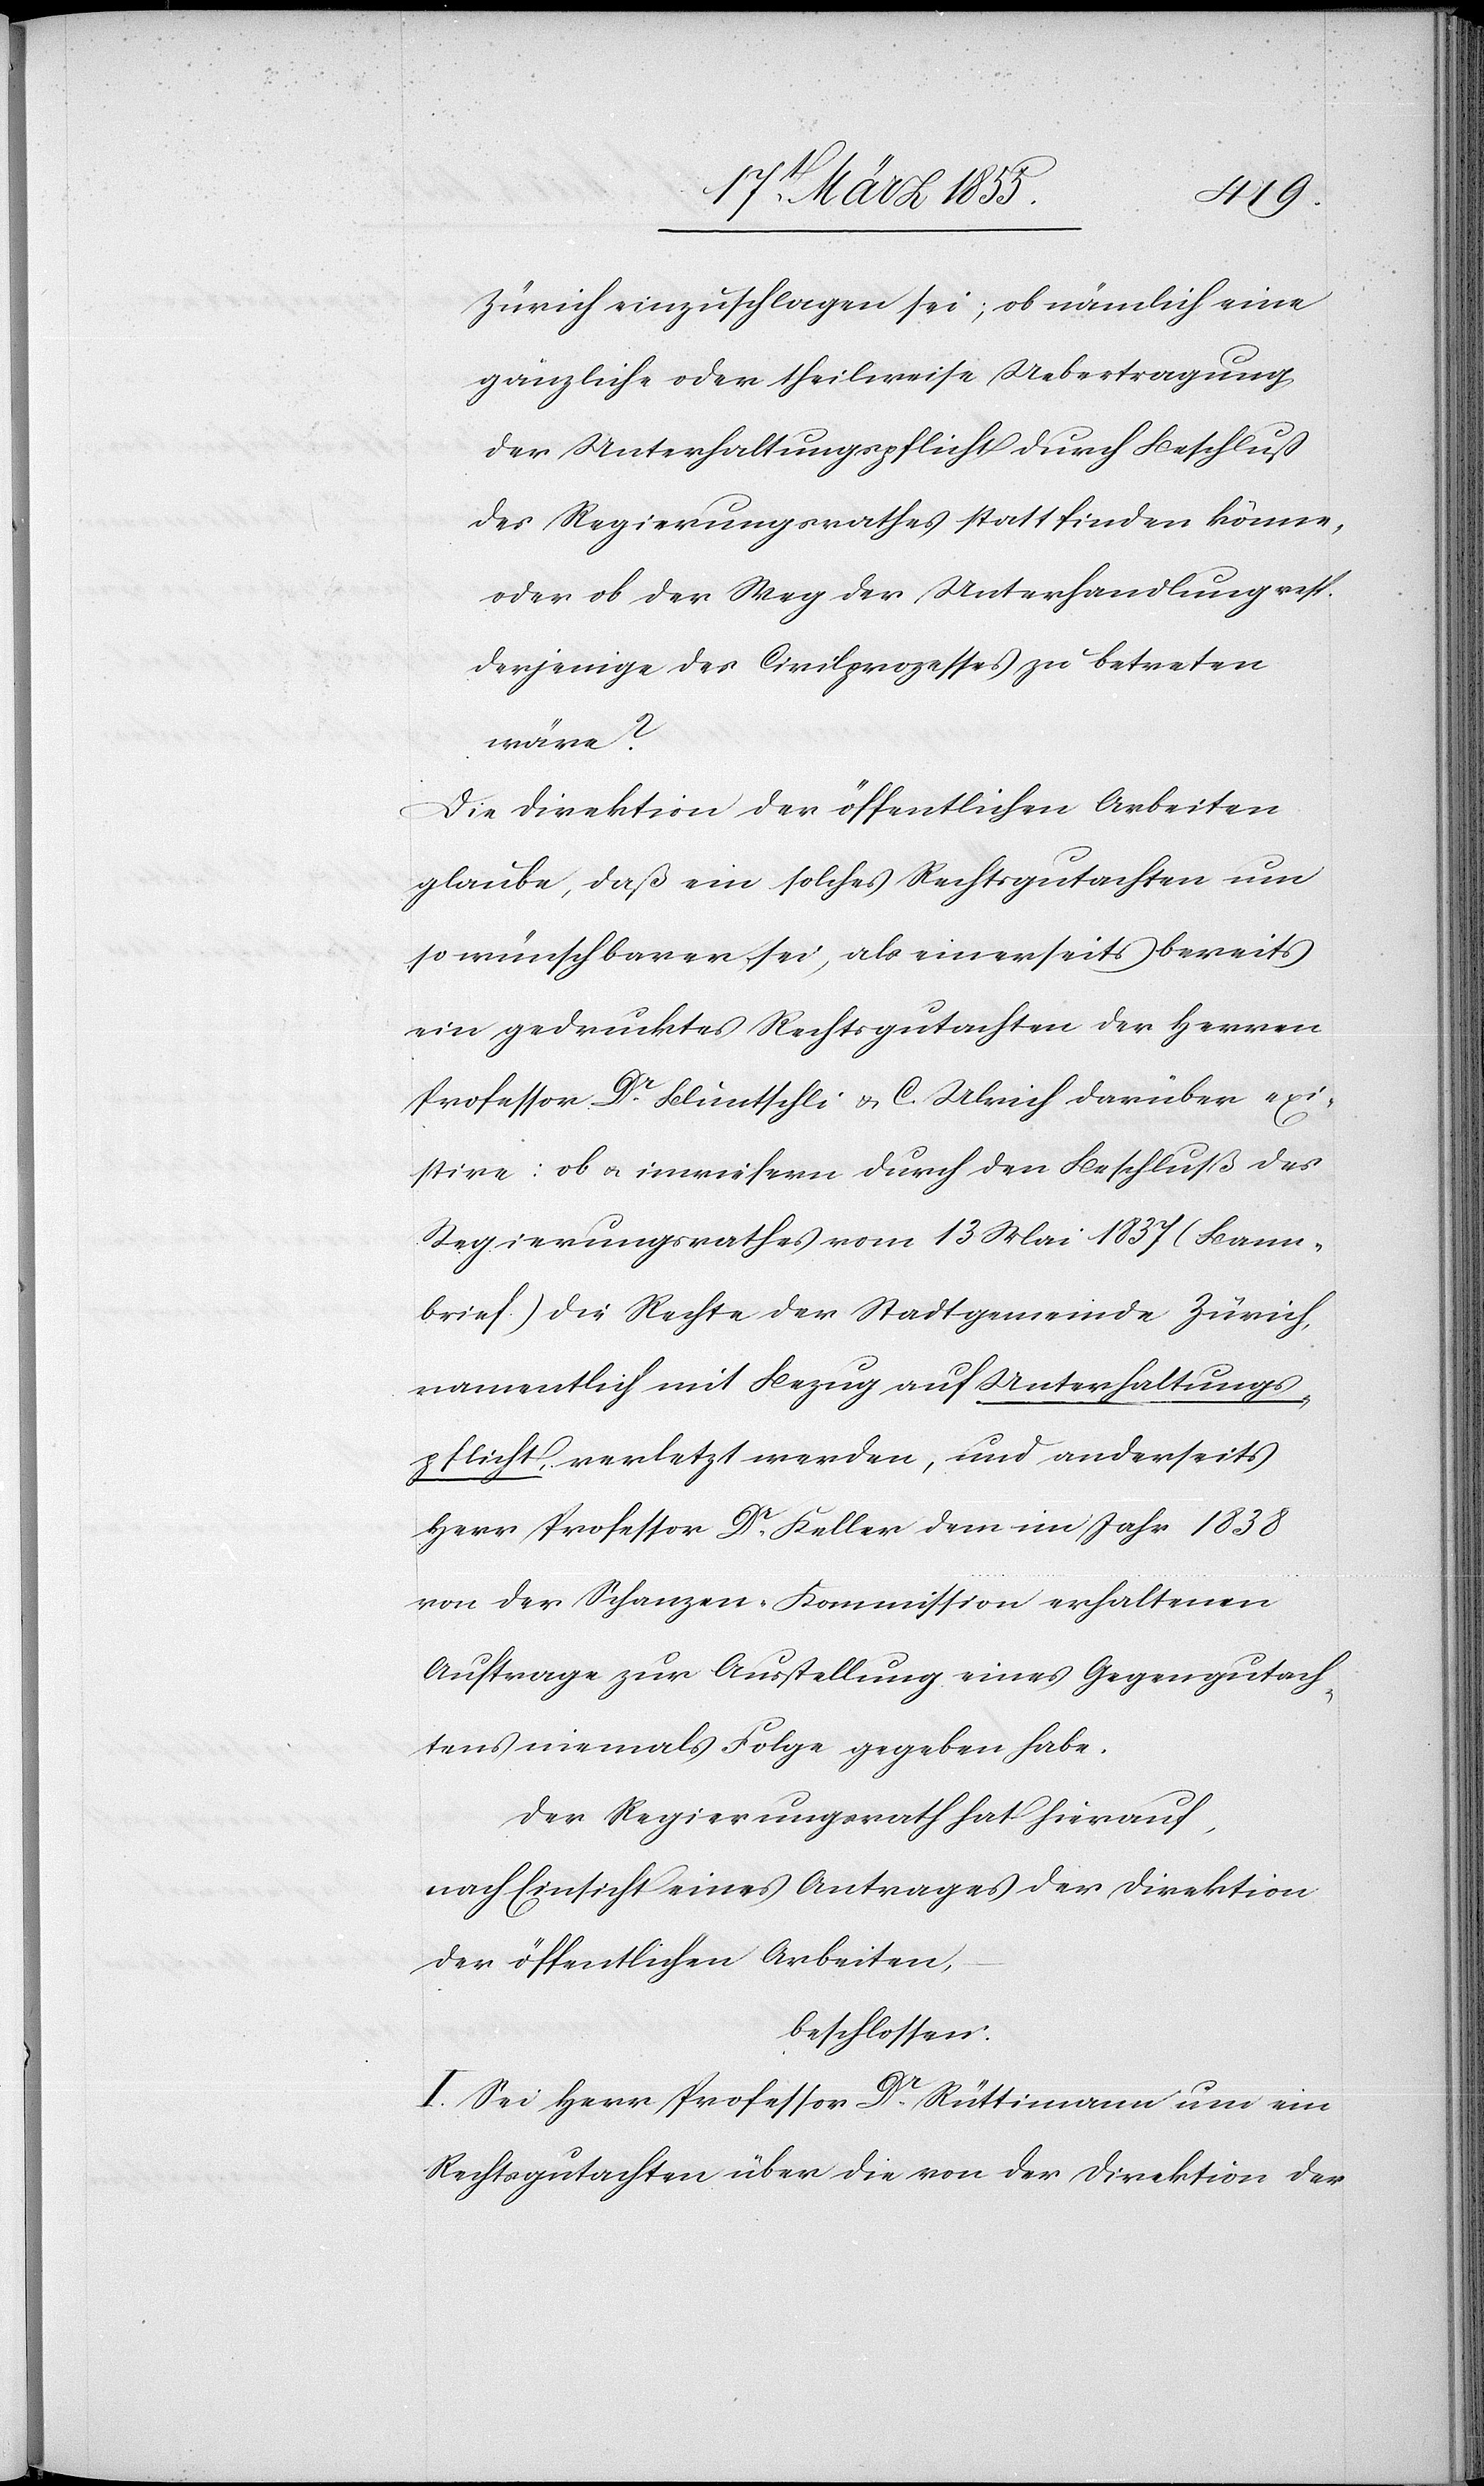
Zürich einzuschlagen sei; ob nämlich eine
gänzliche oder theilweise Uebertragung
der Unterhaltungspflicht durch Beschluß
des Regierungsrathes statt finden könne,
oder ob der Weg der Unterhandlung resp.
derjenige des Civilprozesses zu betreten
wäre?
Die Direktion der öffentlichen Arbeiten
glaube, daß ein solches Rechtsgutachten um
so wünschbarer sei, als einerseits bereits
ein gedrucktes Rechtsgutachten der Herren
Professor Dr. Bluntschli & C. Ulrich darüber exi¬
stire: ob & inwiefern durch den Beschluß des
Regierungsrathes vom 13 Mai 1837 (Bann¬
brief.) die Rechte der Stadtgemeinde Zürich,
namentlich mit Bezug auf Unterhaltungs¬
pflicht, verletzt werden, und anderseits
Herr Professor Dr. Keller dem im Jahr 1838
von der Schanzen-Kommission erhaltenen
Auftrage zur Ausstellung eines Gegengutach¬
tens niemals Folge gegeben habe.
Der Regierungsrath hat hierauf,
nach Einsicht eines Antrages der Direktion
der öffentlichen Arbeiten,
beschlossen:
I. Sei Herr Professor Dr. Rüttimann um ein
Rechtsgutachten über die von der Direktion der